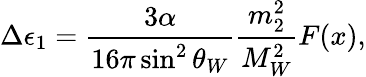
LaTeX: \Delta\epsilon_{1}={\frac{3\alpha}{16\pi\sin^{2}\theta_{W}}}{\frac{m_{2}^{2}}{M_{W}^{2}}}F(x),